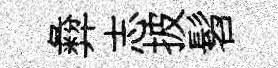
彜志披髫